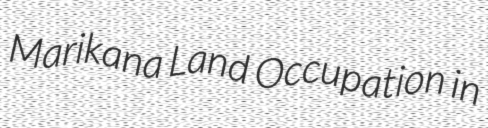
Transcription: Marikana Land Occupation in